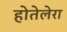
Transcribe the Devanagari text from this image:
होतेलेरा